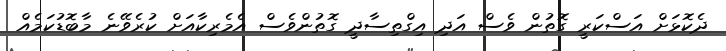
ދެކޮޅަށް އަސްކަރީ ގޮތުން ވެސް އަދި އިގްތިސާދީ ގޮތުންވެސް އެމެރިކާއަށް ކުރެވޭނެ މާބޮޑުކަމެއް